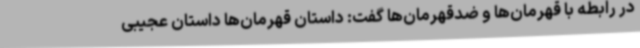
در رابطه با قهرمان‌ها و ضدقهرمان‌ها گفت: داستان قهرمان‌ها داستان عجیبی